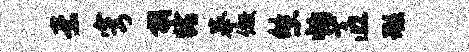
素穹朝睹摹儆悠怕匠瑕